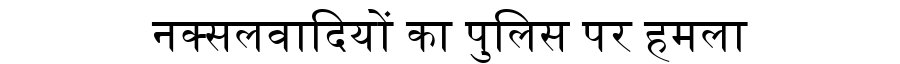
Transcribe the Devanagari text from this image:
नक्सलवादियों का पुलिस पर हमला